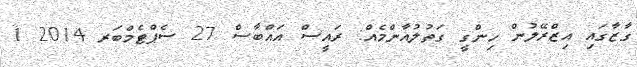
ގާޒާގައި އިޒްރޭލުން ހިންގީ ގަތުލުއާންމެއް: ރައީސް އައްބާސް 27 ސެޕްޓެމްބަރ 2014 1